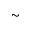
\sim